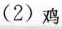
(2)鸡